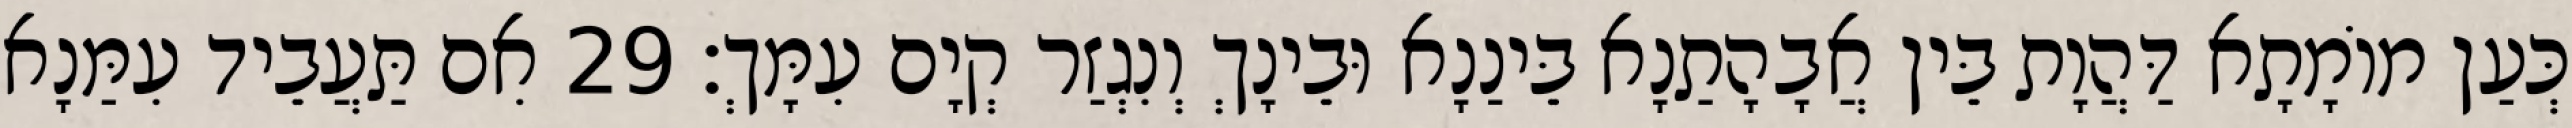
כְּעַן מוֹמָתָא דַּהֲוָת בֵּין אֲבָהָתַנָא בֵּינַנָא וּבֵינָךְ וְנִגְזַר קְיָם עִמָּךְ׃ 29 אִם תַּעֲבֵיד עִמַּנָא